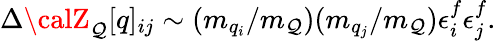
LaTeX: \Delta{\calZ}_{\cal\mathcal{Q}}[q]_{ij}\sim(m_{q_{i}}/m_{\mathcal{Q}})(m_{q_{j}}/m_{\mathcal{Q}})\epsilon_{i}^{f}\epsilon_{j}^{f}.